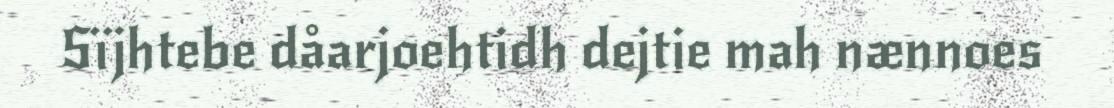
Sïjhtebe dåarjoehtidh dejtie mah nænnoes